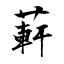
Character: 蓒